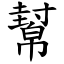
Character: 幫